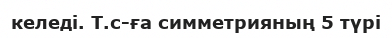
келеді. Т.с-ға симметрияның 5 түрі